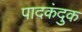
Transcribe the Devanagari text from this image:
पादकंदुक